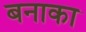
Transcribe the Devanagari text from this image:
बनाका